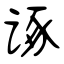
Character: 诼